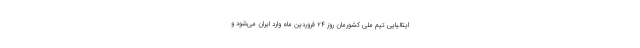
ایتالیایی تیم ملی کشورمان روز 24 فروردین ماه وارد ایران می‌شود و